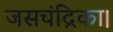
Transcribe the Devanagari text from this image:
जसचंद्रिका।